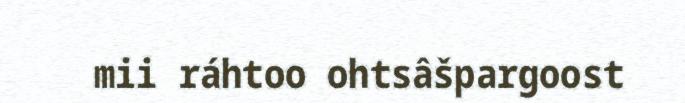
mii ráhtoo ohtsâšpargoost